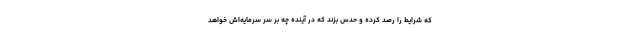
که شرایط را رصد کرده و حدس بزند که در آینده چه بر سر سرمایه‌اش خواهد